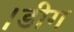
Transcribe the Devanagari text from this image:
।डीग